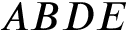
A B D E